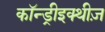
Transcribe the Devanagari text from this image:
कॉन्ड्रीइक्थीज़